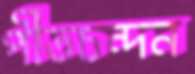
পীতচন্দন